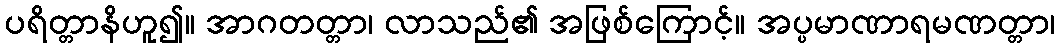
ပရိတ္တာနိဟူ၍။ အာဂတတ္တာ၊ လာသည်၏ အဖြစ်ကြောင့်။ အပ္ပမာဏာရမဏတ္တာ၊